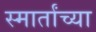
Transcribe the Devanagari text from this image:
स्मार्तांच्या